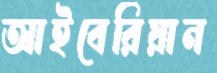
আইবেরিয়ান